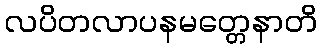
လပိတလာပနမတ္တေနာတိ